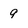
Character: 9